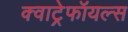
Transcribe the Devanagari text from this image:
क्वाट्रेफॉयल्स